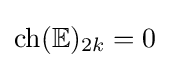
{\text{ch}}(\mathbb {E} )_{2k}=0